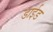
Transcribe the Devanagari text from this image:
डाईड